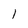
Character: 1